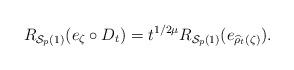
LaTeX: \begin{align*}R_{\mathcal{S}_p(1)}(e_{\zeta}\circ D_t) = t^{1/2\mu} R_{\mathcal{S}_p(1)}(e_{\widehat{\rho}_t(\zeta)}).\end{align*}